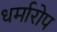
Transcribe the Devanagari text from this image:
धर्मारोप